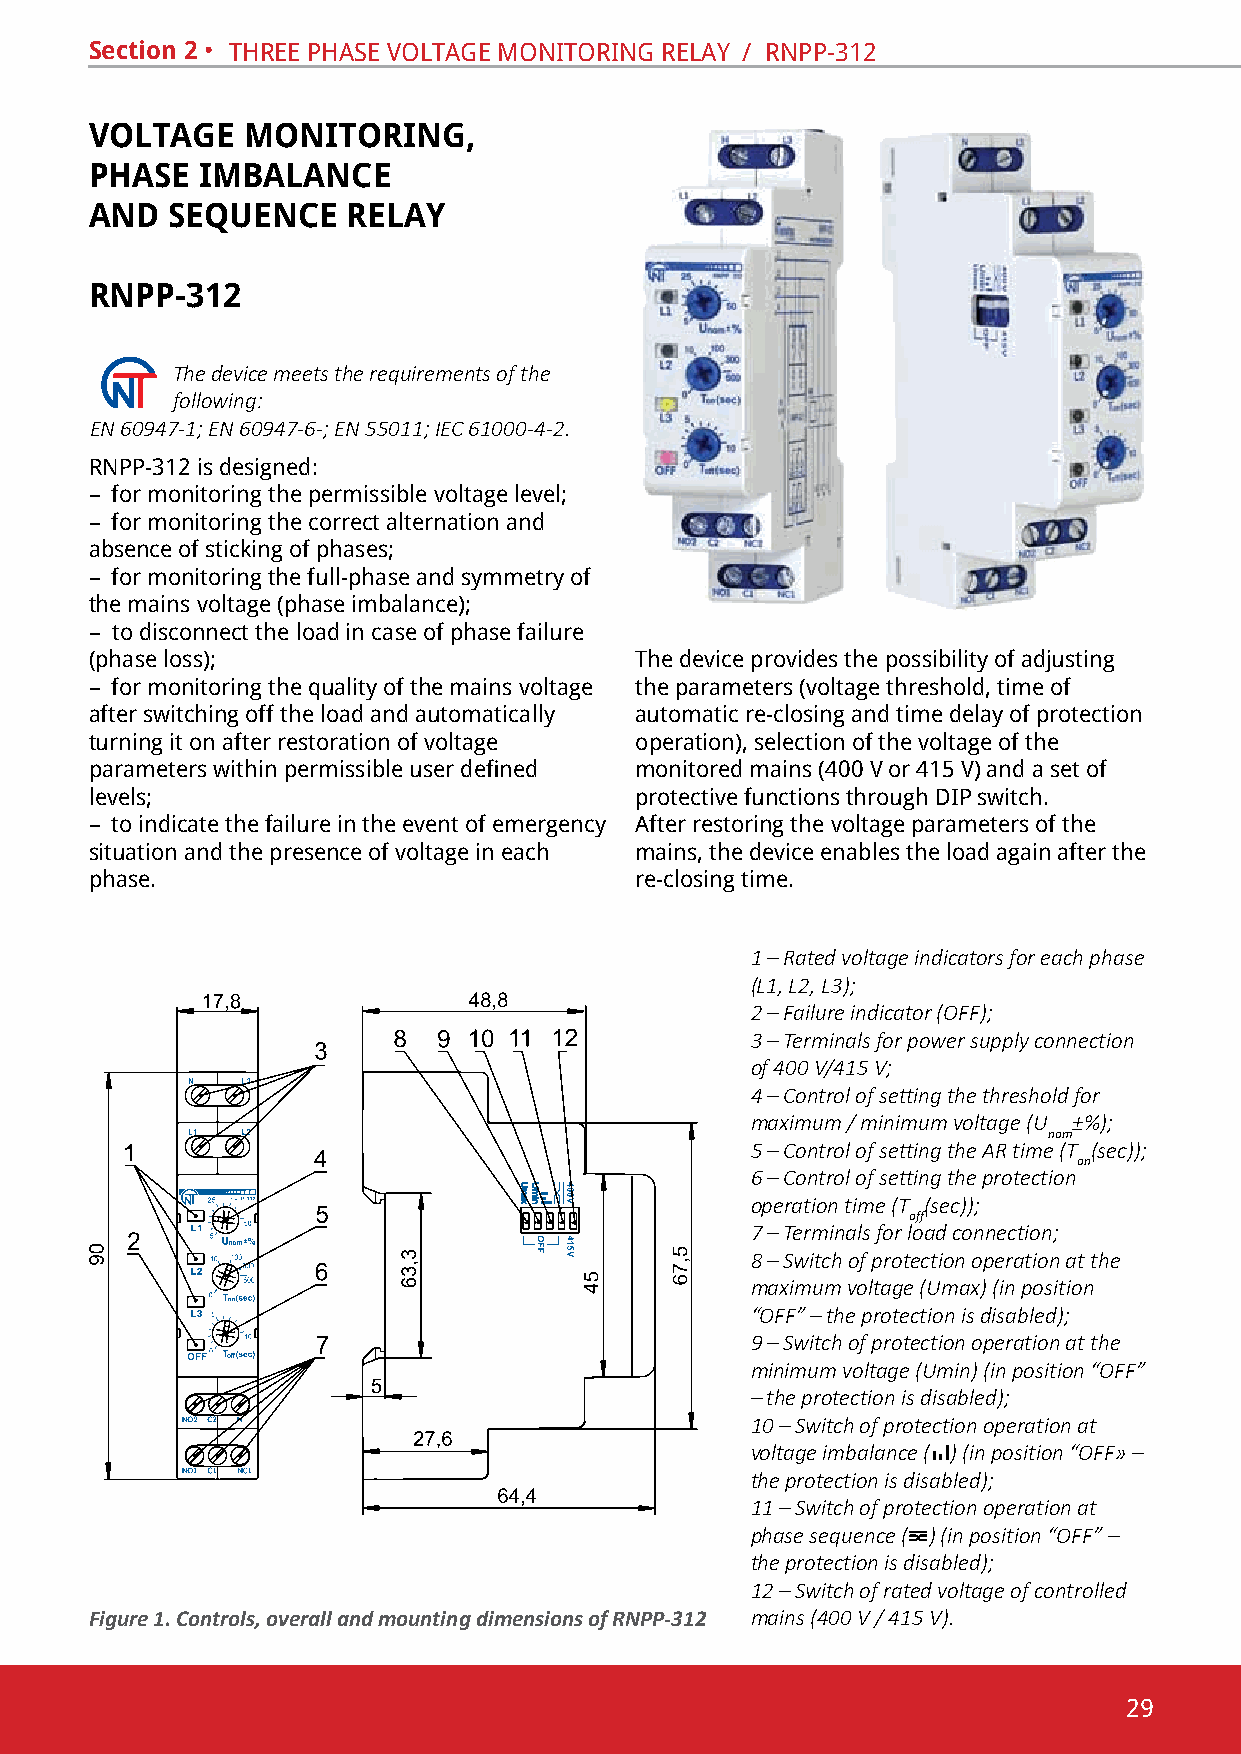
Section 2 • thRee phase voltaGe monitoRinG RelaY / Rnpp-312
 VOLTAGE   MONITORING,
 PHASE  IMBALANCE
 AND  SEQUENCE    RELAY
 RNPP-312
 The device meets the requirements of the
 following:
 EN 60947-1; EN 60947-6-; EN 55011; IEC 61000-4-2.
 Rnpp-312 is designed:
 – for monitoring the permissible voltage level;
 – for monitoring the correct alternation and
 absence of sticking of phases;
 – for monitoring the full-phase and symmetry of
 the mains voltage (phase imbalance);
 – to disconnect the load in case of phase failure
 (phase loss);                       the device provides the possibility of adjusting
 – for monitoring the quality of the mains voltage the parameters (voltage threshold, time of
 after switching off the load and automatically automatic re-closing and time delay of protection
 turning it on after restoration of voltage operation), selection of the voltage of the
 parameters within permissible user defined monitored mains (400 v or 415 v) and a set of
 levels;                             protective functions through dip switch.
 – to indicate the failure in the event of emergency after restoring the voltage parameters of the
 situation and the presence of voltage in each mains, the device enables the load again after the
 phase.                              re-closing time.
 1 – Rated voltage indicators for each phase
 (L1, L2, L3);
 2 – Failure indicator (OFF);
 3 – Terminals for power supply connection
 of 400 V/415 V;
 4 – Control of setting the threshold for
 maximum / minimum voltage (U ±%);
 nom
 5 – Control of setting the AR time (T (sec));
 on
 6 – Control of setting the protection
 operation time (Т (sec));
 off
 7 – Terminals for load connection;
 8 – Switch of protection operation at the
 maximum voltage (Umax) (in position
 “OFF” – the protection is disabled);
 9 – Switch of protection operation at the
 minimum voltage (Umin) (in position “OFF”
 – the protection is disabled);
 10 – Switch of protection operation at
 voltage imbalance ( ) (in position “OFF» –
 the protection is disabled);
 11 – Switch of protection operation at
 phase sequence ( ) (in position “OFF” –
 the protection is disabled);
 12 – Switch of rated voltage of controlled
 Figure 1. Controls, overall and mounting dimensions of RNPP-312 mains (400 V / 415 V).
 29